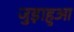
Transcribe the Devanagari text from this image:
जुड़ाहुआ